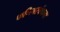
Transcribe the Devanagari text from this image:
फणिवरबंधना